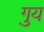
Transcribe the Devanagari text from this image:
गुय